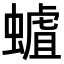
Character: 𧐅